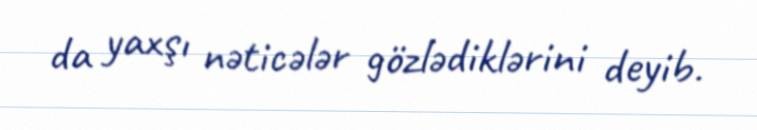
da yaxşı nəticələr gözlədiklərini deyib.